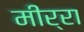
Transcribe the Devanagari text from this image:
मीर्रा